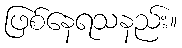
ဖြစ်နေရသနည်း။